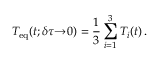
T _ { \mathrm { e q } } ( t ; \delta \tau \! \! \to \! 0 ) = \frac { 1 } { 3 } \sum _ { i = 1 } ^ { 3 } T _ { i } ( t ) \, .